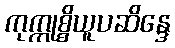
ကုက္ကုစ္စိယူပဆိန္ဒေ